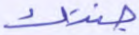
جنتك